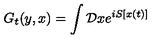
G _ { t } ( y , x ) = \int { \cal D } x e ^ { i S [ x ( t ) ] }